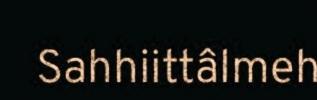
Sahhiittâlmeh